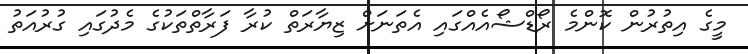
މީގެ އިތުރުން ކޮންމެ ރޯޑްޝޯއެއްގައި އެތަނަށް ޒިޔާރަތް ކުރާ ފަރާތްތަކުގެ މެދުގައި ގުރުއަތު